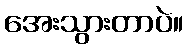
အေးသွားတာပဲ။